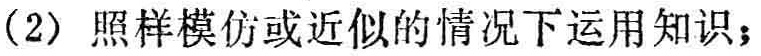
（2）照样模仿或近似的情况下运用知识；